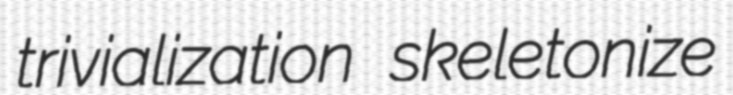
trivialization skeletonize